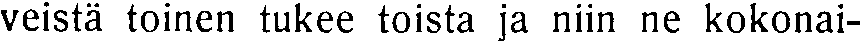
veistä toinen tukee toista ja niin ne kokonai-